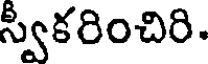
స్వీకరించిరి.